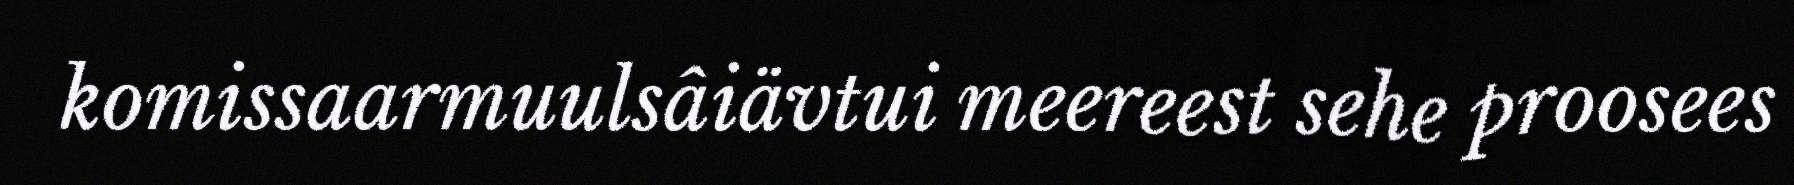
komissaarmuulsâiävtui meereest sehe proosees